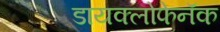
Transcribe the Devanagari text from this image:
डायक्लोफेनॅक